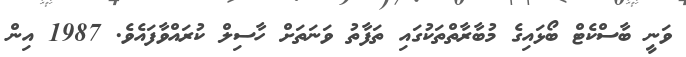
ވަނީ ބާސްކެޓް ބޯޅައިގެ މުބާރާތްތަކުގައި ތަފާތު ވަނަތަށް ހާސިލް ކުރައްވާފައެވެ. 1987 އިން